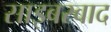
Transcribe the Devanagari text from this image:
साइबरवाद